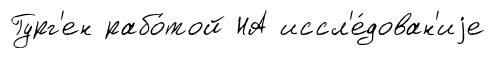
Гург'ен рабо́той НА иссл'е́дован'иjе